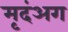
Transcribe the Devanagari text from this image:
मृदंअग